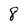
Character: 8